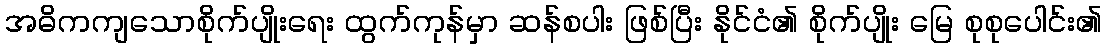
အဓိကကျသောစိုက်ပျိုးရေး ထွက်ကုန်မှာ ဆန်စပါး ဖြစ်ပြီး နိုင်ငံ၏ စိုက်ပျိုး မြေ စုစုပေါင်း၏